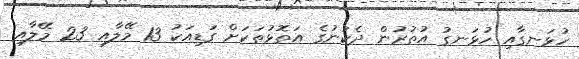
ހުޅަނގާއި ހުޅަނގު އުތުރުން ދެކުނުގެ އަތޮޅުތަކަށް ގަޑިއަކު 13 މޭލާއި 23 މޭލާއި